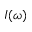
I ( \omega )